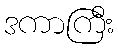
ဒကာကြီး